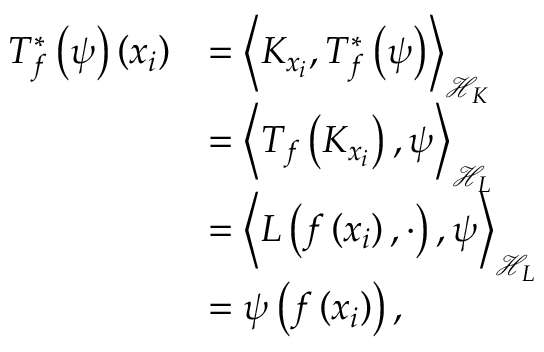
\begin{array} { r l } { T _ { f } ^ { * } \left( \psi \right) \left( x _ { i } \right) } & { = \left\langle K _ { x _ { i } } , T _ { f } ^ { * } \left( \psi \right) \right\rangle _ { \mathscr { H } _ { K } } } \\ & { = \left\langle T _ { f } \left( K _ { x _ { i } } \right) , \psi \right\rangle _ { \mathscr { H } _ { L } } } \\ & { = \left\langle L \left( f \left( x _ { i } \right) , \cdot \right) , \psi \right\rangle _ { \mathscr { H } _ { L } } } \\ & { = \psi \left( f \left( x _ { i } \right) \right) , } \end{array}